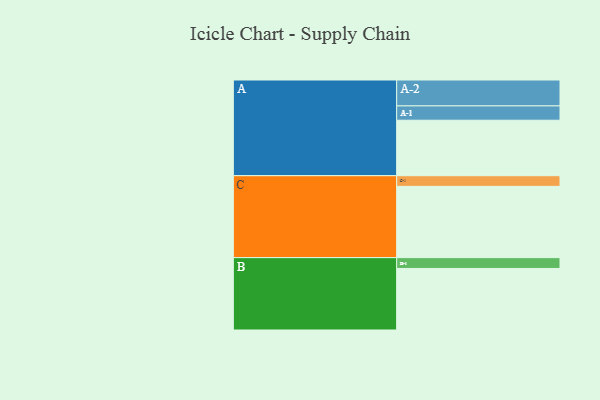
{"axis": {"x": "Segment", "y": "Value"}, "legend": ["", "A", "B", "C"], "data": [{"x": "A", "y": 302, "type": ""}, {"x": "B", "y": 335, "type": ""}, {"x": "C", "y": 388, "type": ""}, {"x": "A-1", "y": 78, "type": "A"}, {"x": "A-2", "y": 141, "type": "A"}, {"x": "B-1", "y": 59, "type": "B"}, {"x": "C-1", "y": 58, "type": "C"}]}